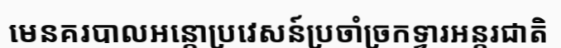
មេនគរបាលអន្តោប្រវេសន៍ប្រចាំច្រកទ្វារអន្តរជាតិ